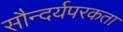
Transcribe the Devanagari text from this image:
सौन्दर्यपरकता